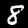
Label: 8